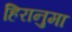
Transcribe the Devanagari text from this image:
हिरानुमा